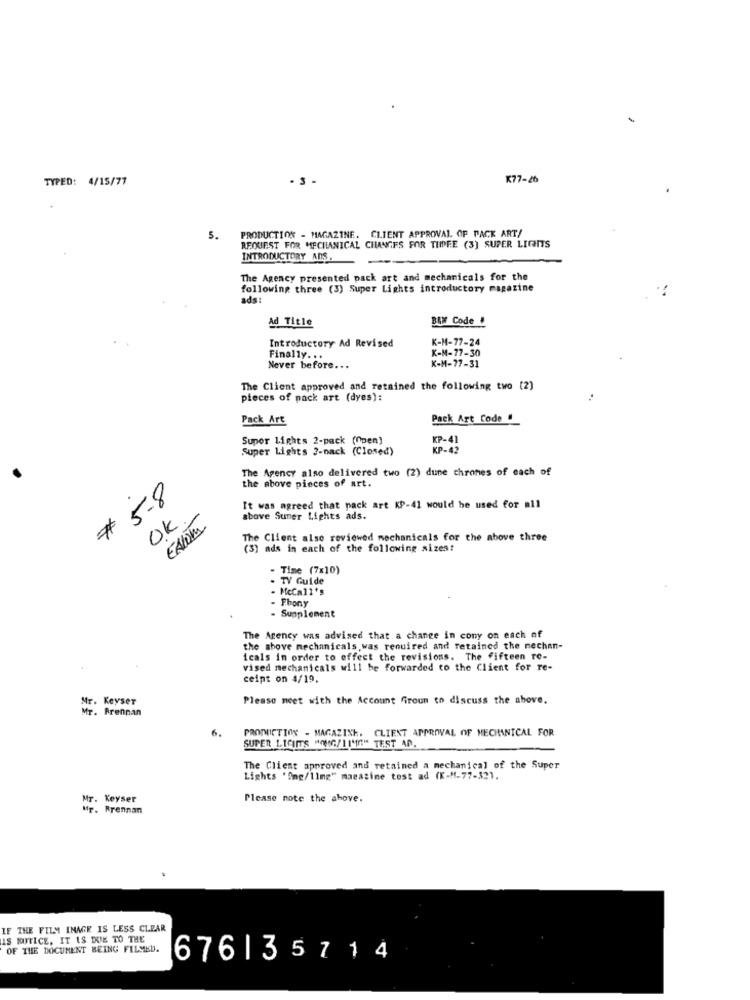
TYPED: 4/15/77
- 3
K77-26
PRODUCTION - MAGAZINE. CLIENT APPROVAL OF PACK ART/
5.
REQUEST FOR MECHANICAL CHANGES FOR THEE (3) SUPER LIGHTS
INTRODUCTORY ANS.
The Agency presented pack art and mechanicals for the
following three (3) Super Lights introductory magazine
ads:
Ad Title
BEM Code
K-M-77-24
Introductory Ad Revised
K-M-77-30
Finally. ..
Never before ...
K-M-77-31
The Client approved and retained the following two [2)
pieces of pack art (dyes):
Pack Art
Pack Art Code #
Super Lights 2-pack (Open)
Super Lights ?- nack (Closed)
The Agency also delivered two (2) dune chromes of each of
the above pieces of art.
# 5.8
It was agreed that pack art KP-41 would be used for all
OK
EALOM
above Sumer Lights ads.
The Client also reviewed mechanicals for the above three
(3) ads in each of the following sizes:
- Time (7x10)
TV Guide
McCall's
Phony
Supplement
The Agency was advised that a change in cony on each of
the above mechanicals,was required and retained the mechan-
icals in order to effect the revisions. The fifteen re-
vised mechanicals will be forwarded to the Client for re-
ceipt on 4/19.
Mr. Keyser
Please meet with the Account Groun to discuss the above.
Mr. Brennan
6.
PRODUCTION - MAGAZINK. CLIENT APPROVAL OF MECHANICAL FOR
SUPER LICIMTS WONG/LIME" TEST AN.
The Client approved and retained a mechanical of the Super
Lights 'Smg/lImg" magasine test ad (K-H-77-32).
Mr. Keyser
Please note the above.
Mr. Brennan
LE THE FILM INAGE IS LESS CLEAR
IS NUITICE, IT IS DUE TO THE
OF THE DOCUMENT BEING FILMED.
676135714